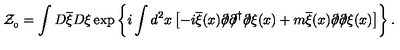
{ \cal Z } _ { _ 0 } = \int D \overline { { \xi } } D \xi \exp \left\{ i \int d ^ { 2 } x \left[ - i \overline { { \xi } } ( x ) \partial \! \! \! / \partial \! \! \! / ^ { \dagger } \partial \! \! \! / \xi ( x ) + m \overline { { \xi } } ( x ) \partial \! \! \! / \partial \! \! \! / \xi ( x ) \right] \right\} .